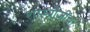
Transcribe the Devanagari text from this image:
शास्त्रीजींचा